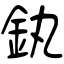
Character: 釻